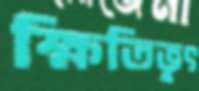
ক্ষিতিভৃৎ